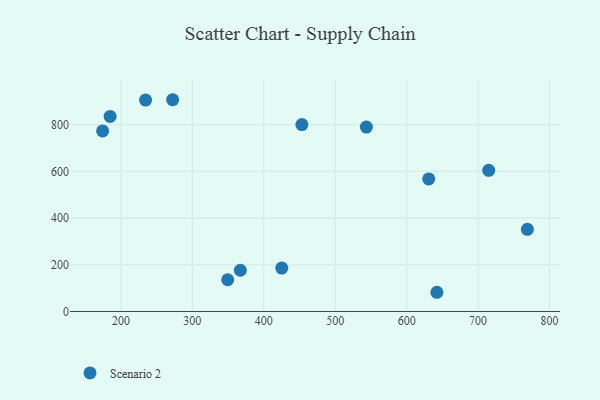
{"axis": {"x": "Price", "y": "Fuel Efficiency"}, "legend": ["Scenario 2"], "data": [{"x": "769.0", "y": 351.7, "type": "Scenario 2"}, {"x": "714.9", "y": 604.3, "type": "Scenario 2"}, {"x": "425.2", "y": 185.9, "type": "Scenario 2"}, {"x": "234.5", "y": 905.0, "type": "Scenario 2"}, {"x": "174.4", "y": 772.8, "type": "Scenario 2"}, {"x": "349.5", "y": 135.9, "type": "Scenario 2"}, {"x": "453.3", "y": 800.2, "type": "Scenario 2"}, {"x": "367.2", "y": 176.6, "type": "Scenario 2"}, {"x": "272.4", "y": 906.5, "type": "Scenario 2"}, {"x": "184.9", "y": 834.9, "type": "Scenario 2"}, {"x": "543.6", "y": 789.6, "type": "Scenario 2"}, {"x": "642.3", "y": 82.4, "type": "Scenario 2"}, {"x": "630.9", "y": 567.5, "type": "Scenario 2"}]}